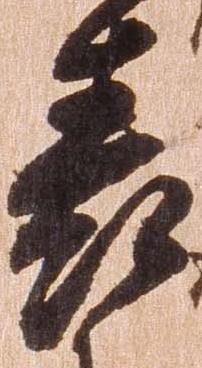
表